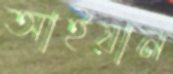
আইয়ান